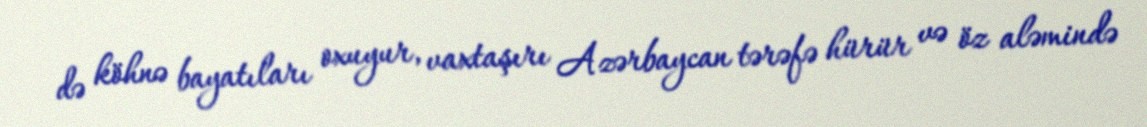
də köhnə bayatıları oxuyur, vaxtaşırı Azərbaycan tərəfə hürür və öz aləmində